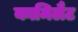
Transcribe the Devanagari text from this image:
कामिलैट